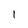
Character: 1